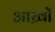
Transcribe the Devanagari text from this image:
आख़ों